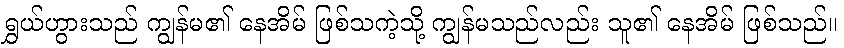
ရွှယ်ဟွားသည် ကျွန်မ၏ နေအိမ် ဖြစ်သကဲ့သို့ ကျွန်မသည်လည်း သူ၏ နေအိမ် ဖြစ်သည်။